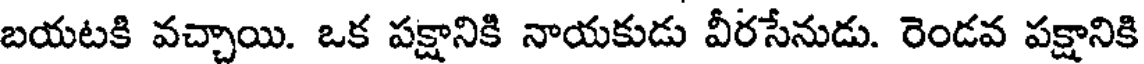
బయటకి వచ్చాయి. ఒక పక్షానికి నాయకుడు వీరసేనుడు. రెండవ పక్షానికి